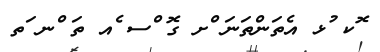
ޮކ ުޅ އެތަންތަނަ ްށ ގޮ ްސ ެއ ތަ ްނ ަތ